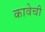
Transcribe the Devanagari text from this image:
कावेची